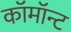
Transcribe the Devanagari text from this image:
कॉमॉन्ट